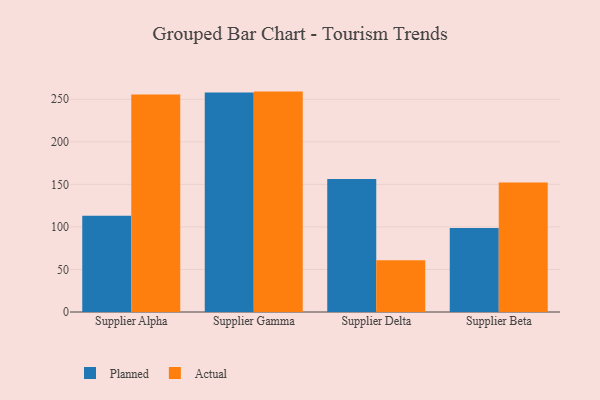
{"axis": {"x": "Supplier", "y": "Conversion Rate (%)"}, "legend": ["Actual", "Planned"], "data": [{"x": "Supplier Alpha", "y": 113.0, "type": "Planned"}, {"x": "Supplier Alpha", "y": 255.7, "type": "Actual"}, {"x": "Supplier Gamma", "y": 258.0, "type": "Planned"}, {"x": "Supplier Gamma", "y": 259.0, "type": "Actual"}, {"x": "Supplier Delta", "y": 156.3, "type": "Planned"}, {"x": "Supplier Delta", "y": 60.8, "type": "Actual"}, {"x": "Supplier Beta", "y": 98.7, "type": "Planned"}, {"x": "Supplier Beta", "y": 152.1, "type": "Actual"}]}